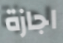
اجازة